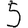
Digit: 5